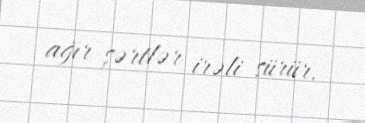
ağır şərtlər irəli sürür.